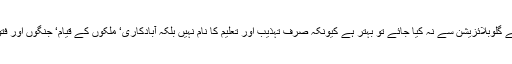
اس لئے کسی حد تک ڈاکٹر حسن حنفی مصری کی اس رائے سے مجھے اتفاق ہے کہ اسلام کا موازنہ آج کے گلوبلائزیشن سے نہ کیا جائے تو بہتر ہے کیونکہ صرف تہذیب اور تعلیم کا نام نہیں بلکہ آبادکاری‘ ملکوں کے قیام‘ جنگوں اور فتوحات کی ایک تاریخی حقیقت ہے اور گلوبلائزیشن دیگر وقتی تحریک اور خوف کی طرح ایک تحریک ہے۔